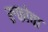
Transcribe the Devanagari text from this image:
रुफोचा